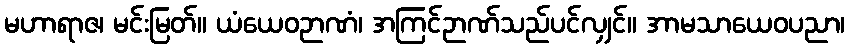
မဟာရာဇ၊ မင်းမြတ်။ ယံယေဝဉာဏံ၊ အကြင်ဉာဏ်သည်ပင်လျှင်။ အာမသာယေဝပညာ၊